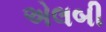
એલબી